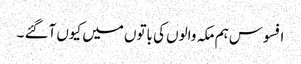
افسوس ہم مکہ والوں کی باتوں میں کیوں آگئے ۔